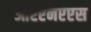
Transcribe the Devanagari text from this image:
आरएनएएस